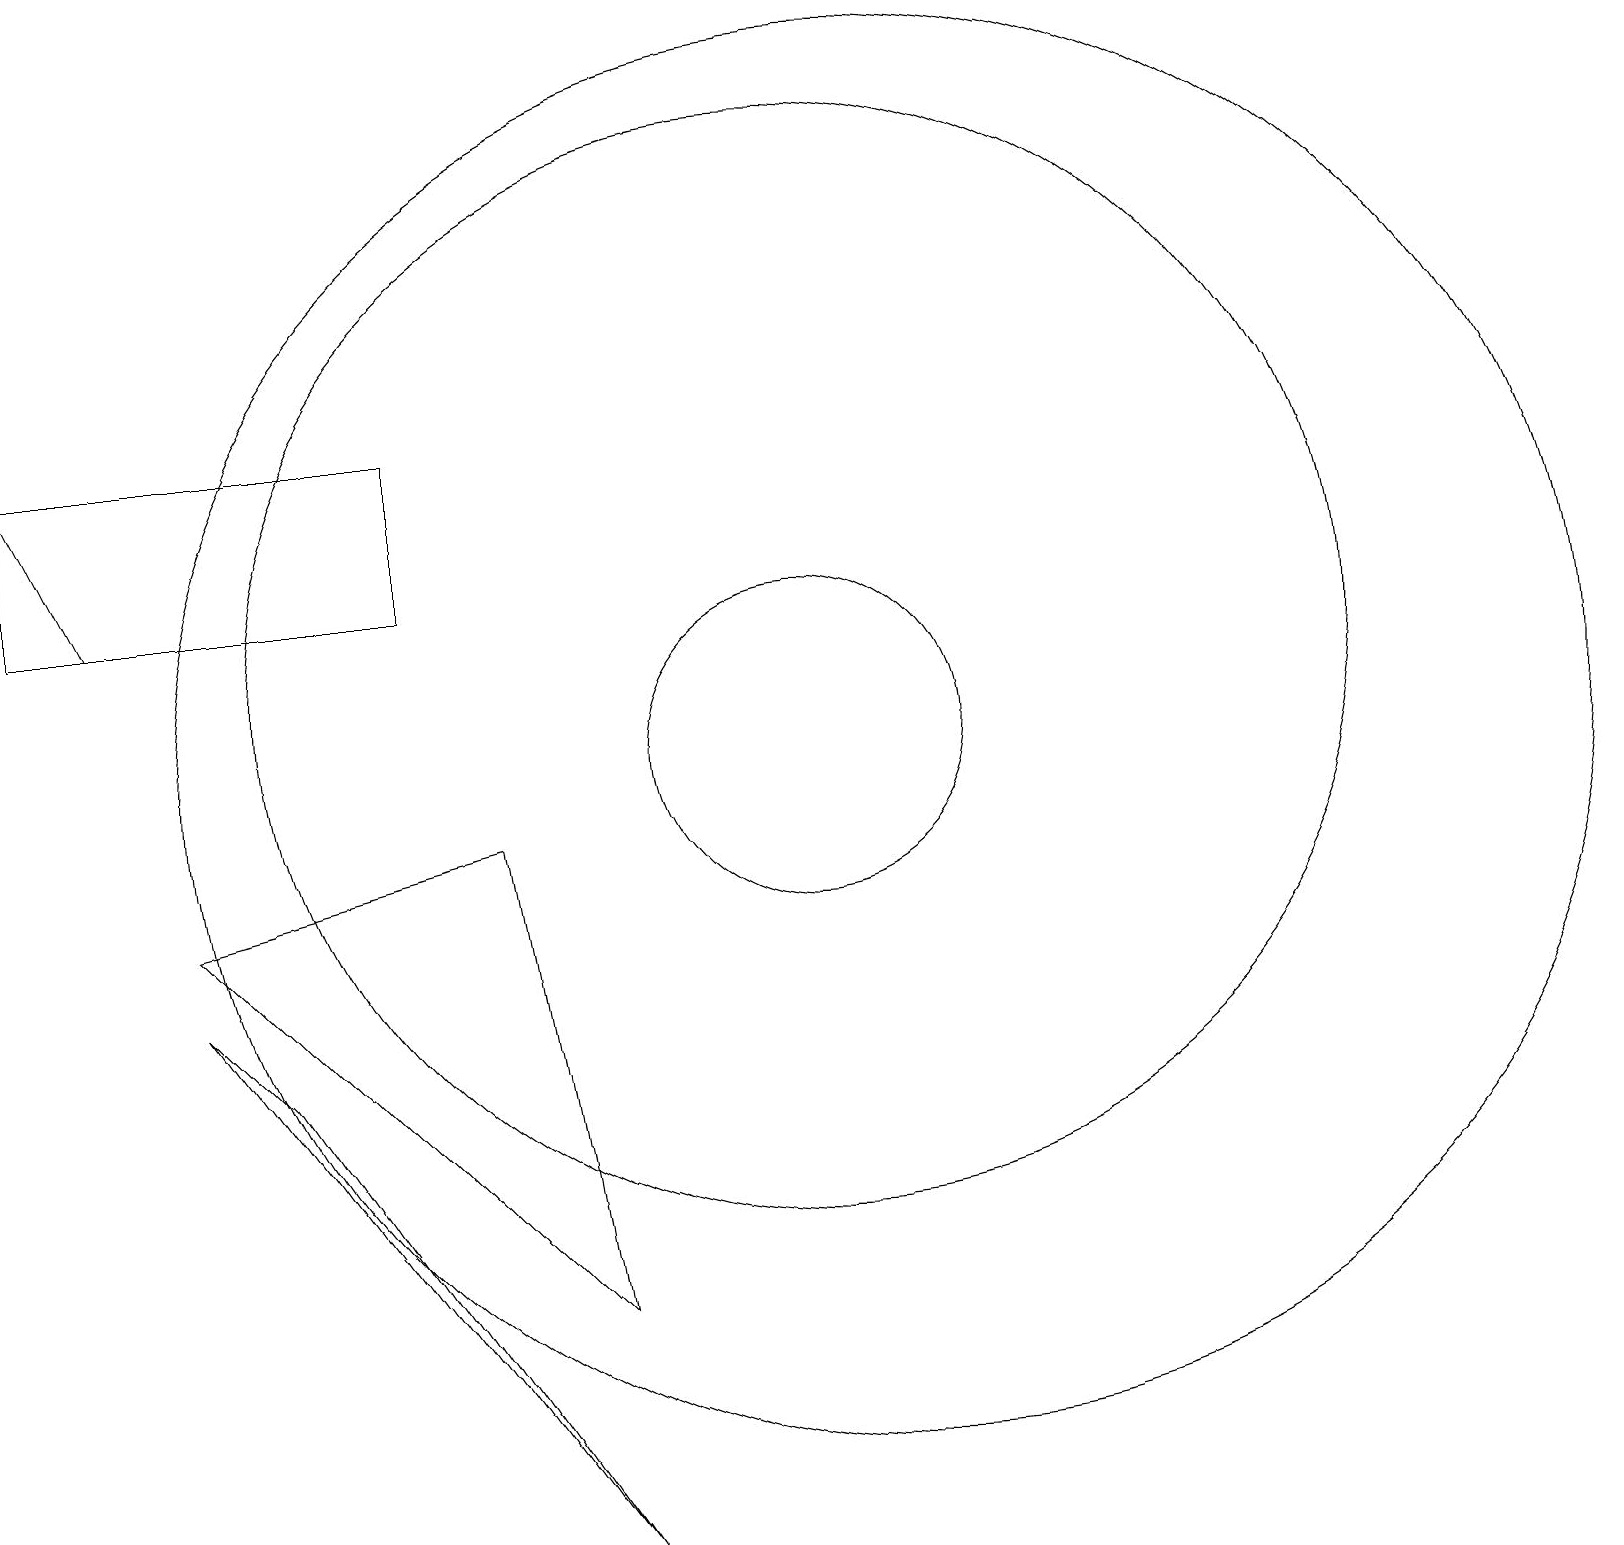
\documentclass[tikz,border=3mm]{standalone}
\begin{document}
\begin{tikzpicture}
\draw[->] (2,12) -- (1,14);
\draw (6,12) rectangle (1,14);
\draw (11,11) circle (7);
\draw (7,9) -- (8,3) -- (3,8) -- cycle;
\draw (11,10) circle (2);
\draw (8,0) -- (4,6) -- (3,7) -- cycle;
\draw (12,10) circle (9);
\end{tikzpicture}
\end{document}